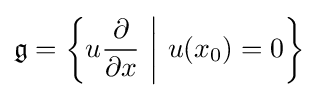
{\mathfrak {g}}=\left\{u{\frac {\partial }{\partial x}}\ {\bigg \vert }\ u(x_{0})=0\right\}